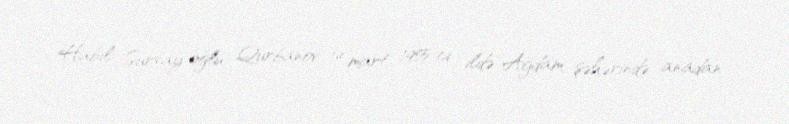
Habil Surxay oğlu Qurbanov 14 mart 1955-ci ildə Ağdam şəhərində anadan